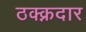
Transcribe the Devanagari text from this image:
ठक्क्नदार